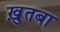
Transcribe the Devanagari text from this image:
ख़ुतबा